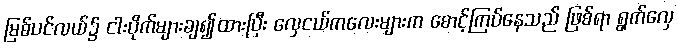
မြစ်ပင်လယ်၌ ငါးပိုက်များချ၍ထားပြီး လှေငယ်ကလေးများက စောင့်ကြပ်နေသည် ဖြစ်ရာ ရွက်လှေ